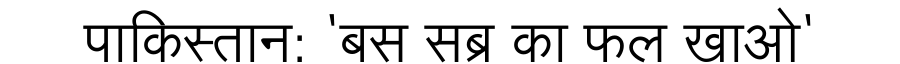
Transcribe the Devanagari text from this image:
पाकिस्तान: 'बस सब्र का फल खाओ'